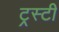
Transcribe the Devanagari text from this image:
ट्रस्‍टी